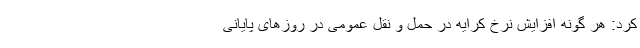
کرد: هر گونه افزایش نرخ کرایه در حمل و نقل عمومی در روزهای پایانی